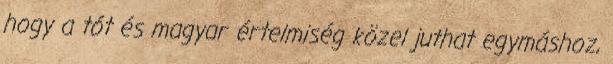
hogy a tót és magyar értelmiség közel juthat egymáshoz,